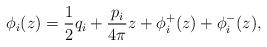
LaTeX: \begin{align*}\phi_i(z)=\frac{1}{2}q_i+\frac{p_i}{4\pi}z+\phi_i^+(z)+\phi_i^-(z),\end{align*}